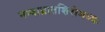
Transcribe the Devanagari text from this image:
नन्दाघ्रातशिरोमध्यः